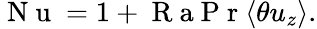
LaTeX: \mathrm{~N~u~}=1+\mathrm{~R~a~P~r~}\langle\theta u_{z}\rangle.